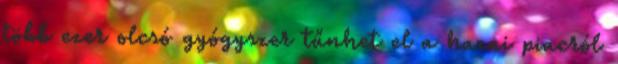
több ezer olcsó gyógyszer tűnhet el a hazai piacról